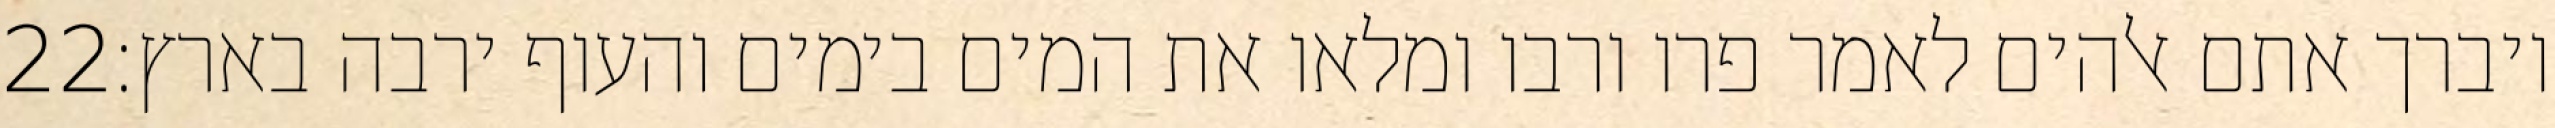
‎22‏ ויברך אתם אלהים לאמר פרו ורבו ומלאו את המים בימים והעוף ירבה בארץ׃